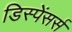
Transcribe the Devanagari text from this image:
डिस्पेंसर्स